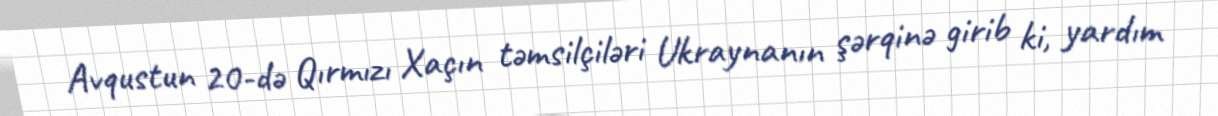
Avqustun 20-də Qırmızı Xaçın təmsilçiləri Ukraynanın şərqinə girib ki, yardım